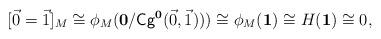
LaTeX: \begin{align*}[\vec{0}=\vec{1}]_{M}\cong \phi_{M}(\mathbf{0}/\mathsf{Cg}^{\mathbf{0}}(\vec{0},\vec{1})))\cong \phi_{M}(\mathbf{1})\cong H(\mathbf{1}) \cong 0,\end{align*}